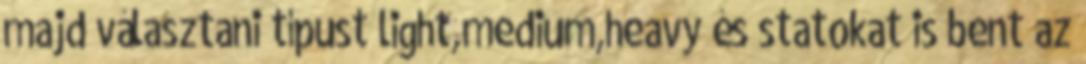
majd választani típust light,medium,heavy és statokat is bent az